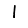
Digit: 1